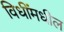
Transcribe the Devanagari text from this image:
विधींमधील